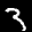
Label: 3